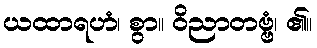
ယထာရဟံ၊ စွာ။ ဝိညာတဗ္ဗံ၊ ၏။